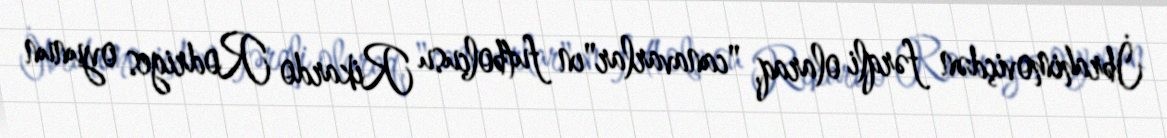
İbrahimoviçdən fərqli olaraq, "canavarlar"ın futbolçusu Rikardo Rodriges oyunun